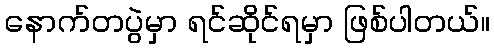
နောက်တပွဲမှာ ရင်ဆိုင်ရမှာ ဖြစ်ပါတယ်။